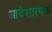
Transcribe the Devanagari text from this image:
आदेशात्‍मक